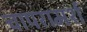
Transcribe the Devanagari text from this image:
चापरामर्श